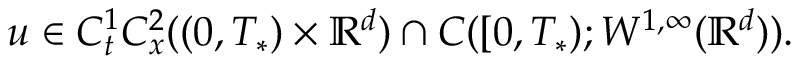
u \in C _ { t } ^ { 1 } C _ { x } ^ { 2 } ( ( 0 , T _ { * } ) \times \mathbb { R } ^ { d } ) \cap C ( [ 0 , T _ { * } ) ; W ^ { 1 , \infty } ( \mathbb { R } ^ { d } ) ) .